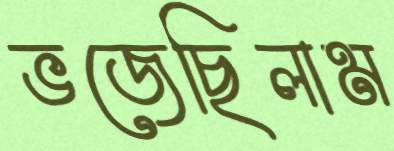
ভজেছিলাম